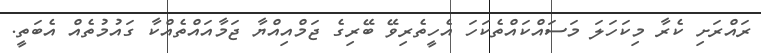
ރައްރަށި ކެރާ މިކަހަލަ މަސައްކައްތެކަހަ އެހީތެރިވޭ ބޭރިގެ ޖަމްއިއްޔާ ޖަމާއައްތެއްކާ ގައުމުތެއް އެބަތީ.